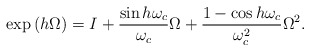
\begin{align*} \exp{(h\Omega)} = I + \frac{\sin{h\omega_c}}{\omega_c}\Omega + \frac{1-\cos{h\omega_c}}{\omega_c^2}\Omega^2.\end{align*}